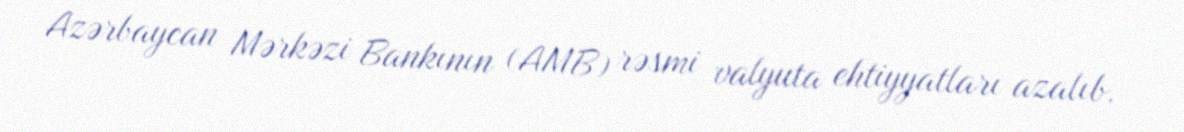
Azərbaycan Mərkəzi Bankının (AMB) rəsmi valyuta ehtiyyatları azalıb.